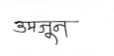
मजकूर: उमजुन